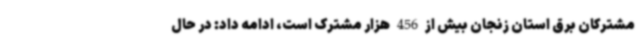
مشترکان برق استان زنجان بیش از 456 هزار مشترک است، ادامه داد: در حال